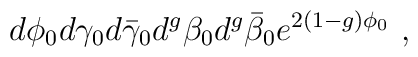
d\phi_0 d\gamma_0 d\bar{\gamma}_0            d^g\beta_0 d^g\bar{\beta}_0            e^{2(1-g)\phi_0} ~,